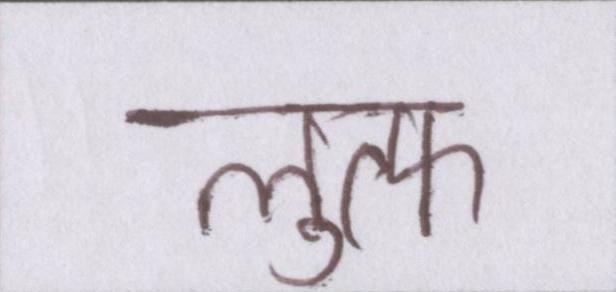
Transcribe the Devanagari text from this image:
लुत्फ